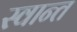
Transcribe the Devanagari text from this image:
स्वान्त